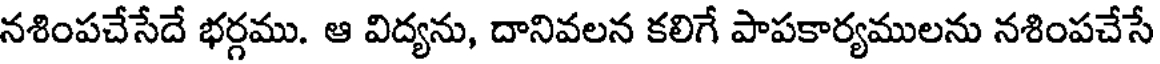
నశింపచేసేదే భర్గము. ఆ విద్యను, దానివలన కలిగే పాపకార్యములను నశింపచేసే